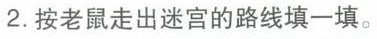
2.按老鼠走出迷宫的路线填一填。